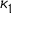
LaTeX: \, \kappa _ { 1 }